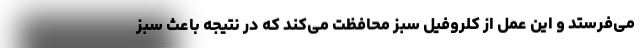
می‌فرستد و این عمل از کلروفیل سبز محافظت می‌کند که در نتیجه باعث سبز